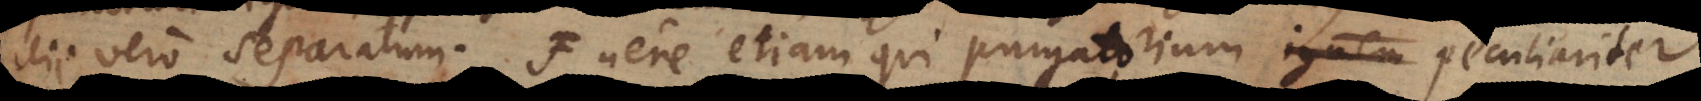
alii vero separatum. Fuere etiam qui purgatorium ignem peculiariter